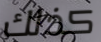
كذلك